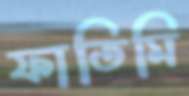
ফাতিমি